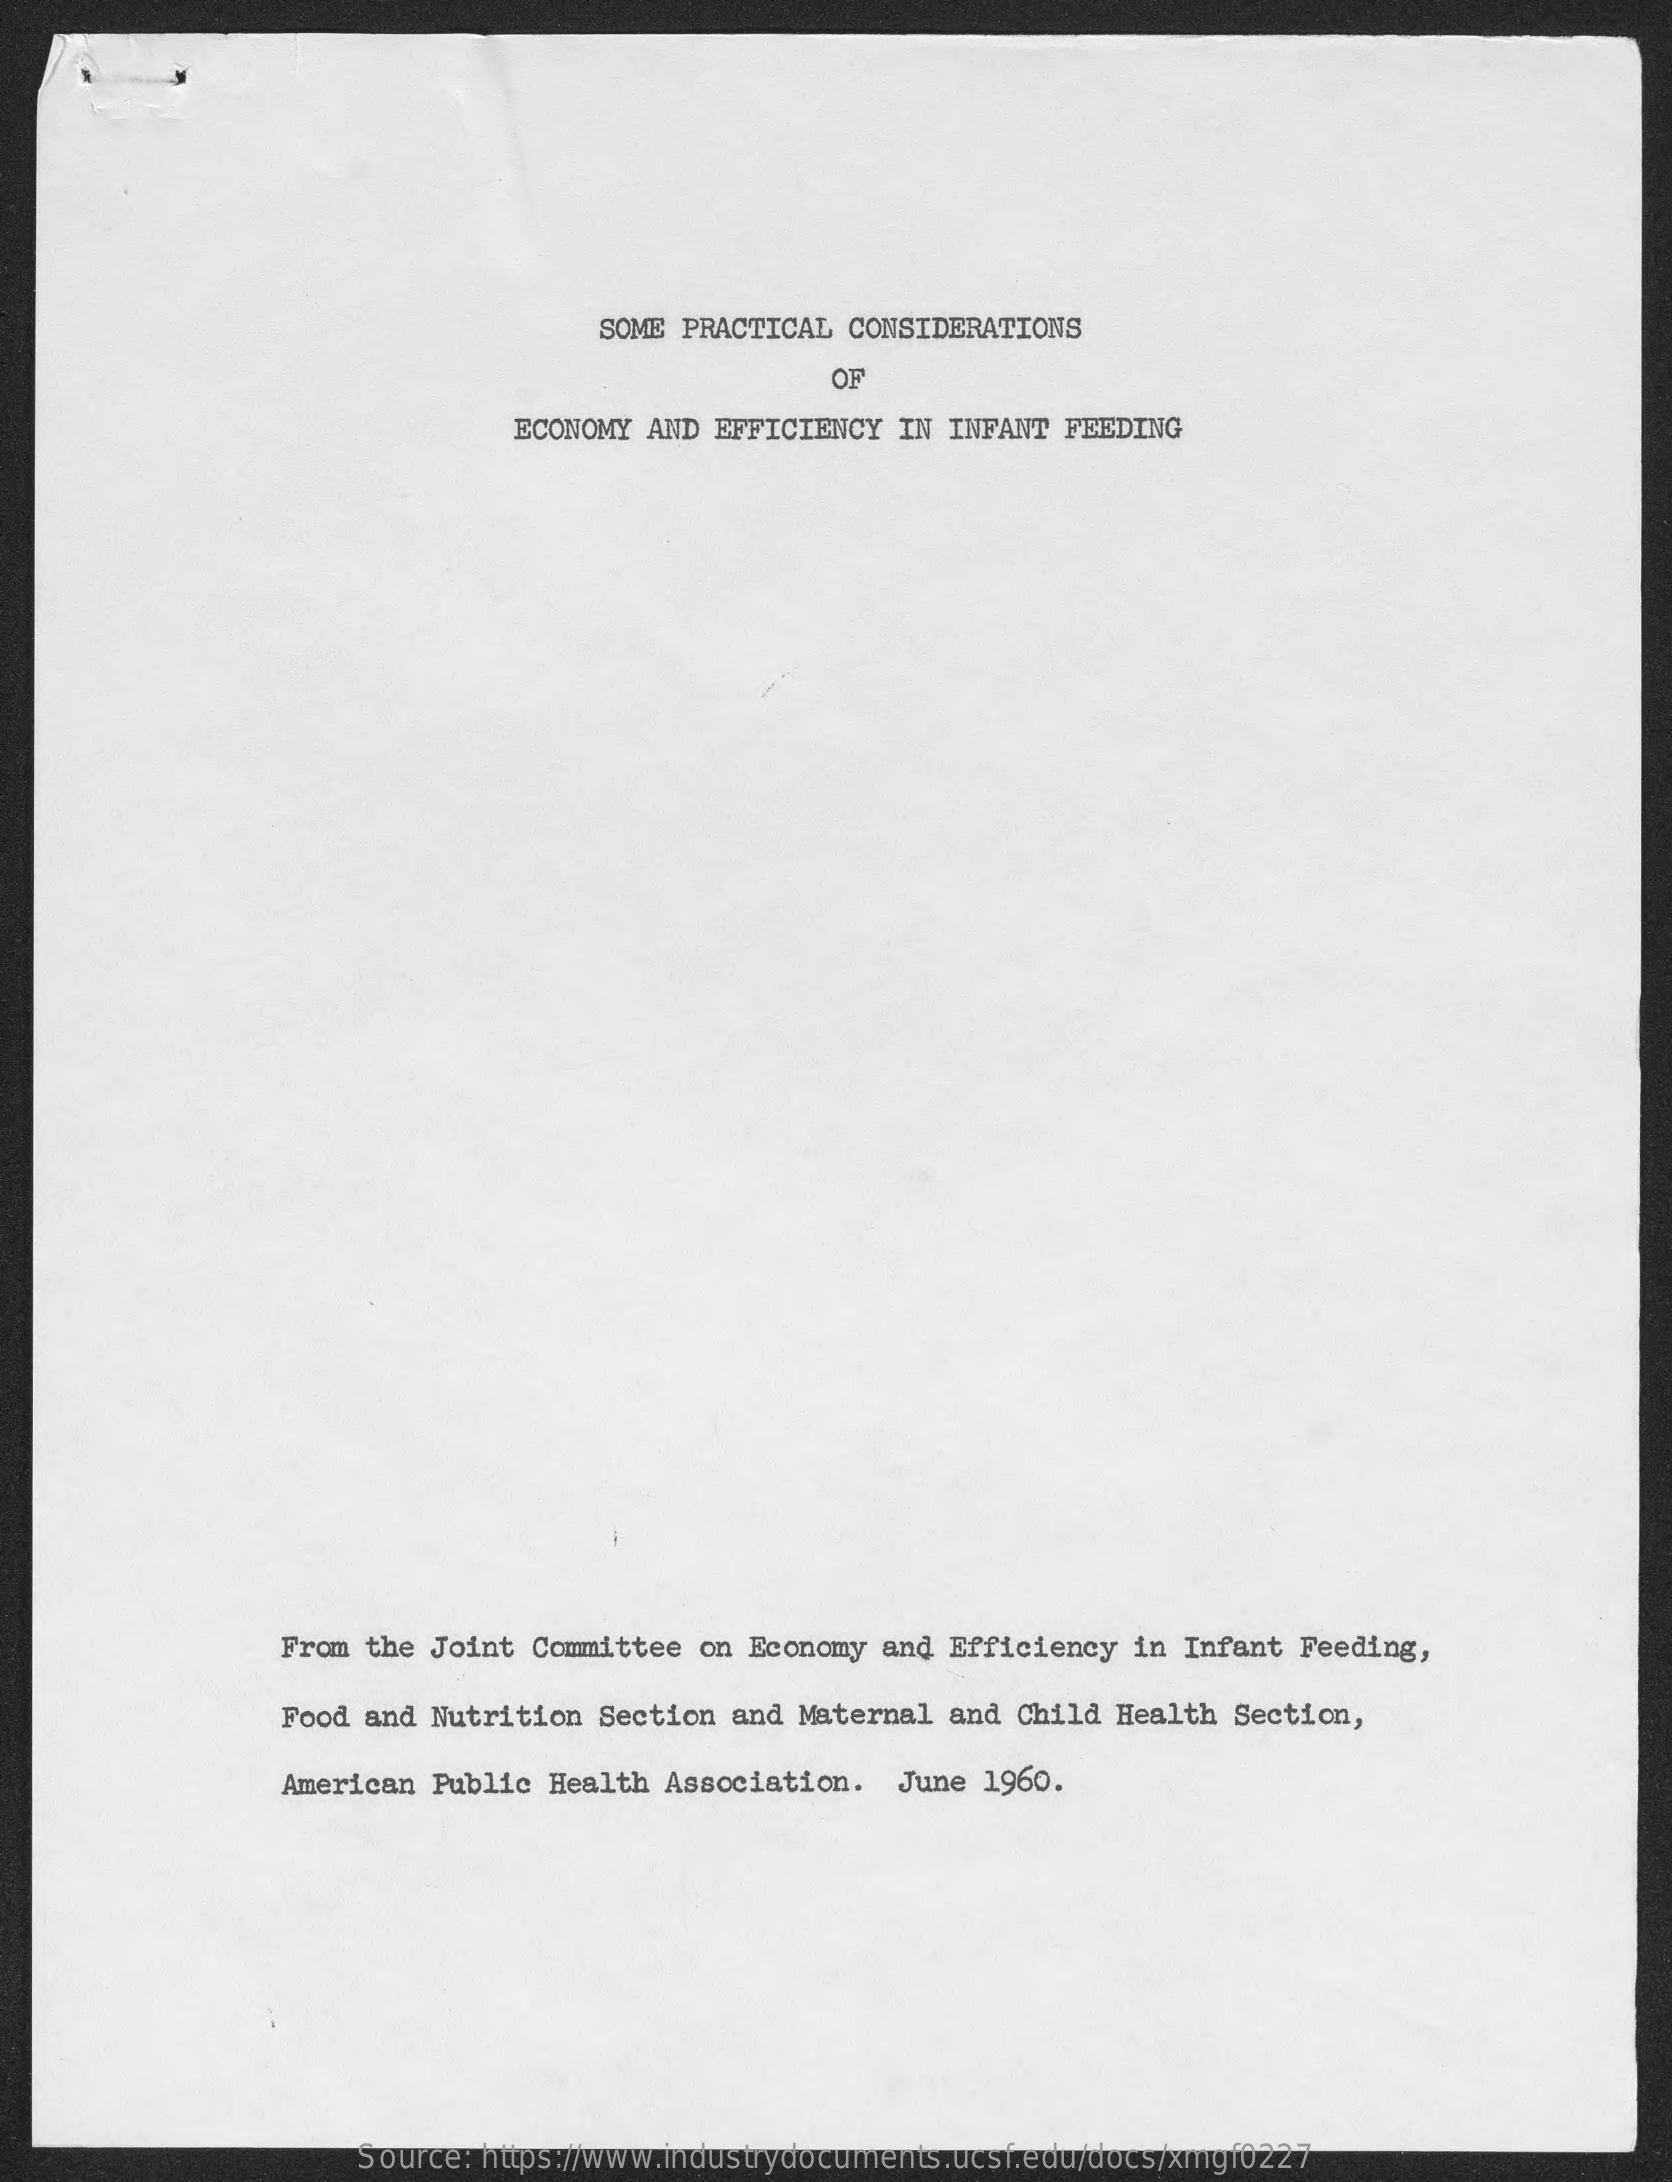
SOME PRACTICAL CONSIDERATIONS
     OF
     ECONOMY AND EFFICIENCY  IN INFANT FEEDING
     From the Joint Committee on  Economy and Efficiency in Infant Feeding,
     Food and Nutrition Section and Maternal  and Child Health Section,
     American Public Health Association.   June 1960.
     Source: https://www.industrydocuments.ucsf.edu/docs/xmgf0227